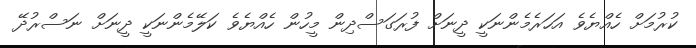
ކުރުމަށް ހެއްޔެވެ އަހަރެމެންނަކީ ދީނަށް ފުރަގަސްދިން މީހުން ހެއްޔެވެ ކަލޭމެންނަކީ ދީނަށް ނަސްރުދޭ